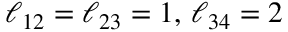
\ell _ { 1 2 } = \ell _ { 2 3 } = 1 , \, \ell _ { 3 4 } = 2